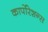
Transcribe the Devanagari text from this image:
कार्पोरेशन्स